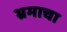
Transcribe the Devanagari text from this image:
भ्रमाचा